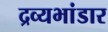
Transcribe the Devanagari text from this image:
द्रव्यभांडार